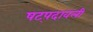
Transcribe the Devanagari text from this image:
षट्पदावली